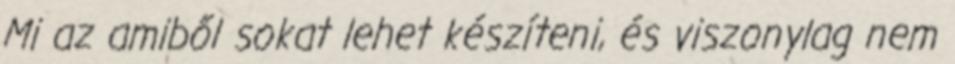
Mi az amiből sokat lehet készíteni, és viszonylag nem